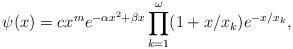
LaTeX: \begin{align*}\psi (x) = c x^{m} e^{-\alpha x^{2} + \beta x} \prod_{k=1}^{\omega} (1+x/x_{k})e^{-x/x_{k}},\end{align*}